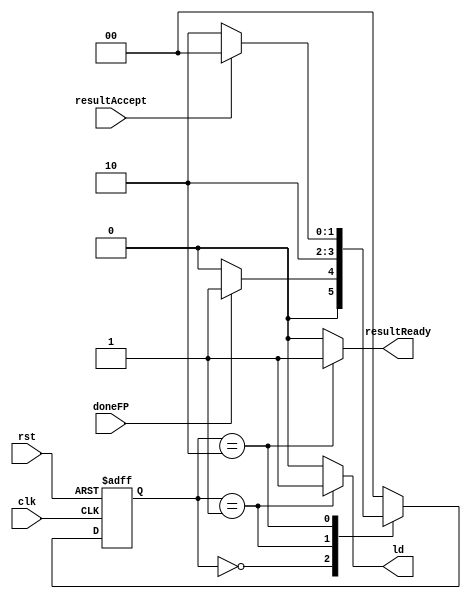
`timescale 1ns/1ns
module OUTwrapper_CONTROL(input clk,rst,resultAccept,doneFP,output resultReady,ld);
	reg resultReady_temp,ld_temp;
	reg[1:0]ns,ps;
	parameter[1:0] Idle=0,Load=1,Ready=2;
	always@(doneFP,ps,resultAccept)begin
		ns=Idle;
		{ld_temp,resultReady_temp}=2'b0;
		case(ps)
		Idle:ns=doneFP?Load:Idle;
		Load:begin ns=Ready; ld_temp=1'b1; end
		Ready:begin ns=resultAccept?Idle:Ready; resultReady_temp=1'b1;end
		endcase
	end
	always@(posedge clk,posedge rst) begin
		if(rst) ps<=Idle;
		else ps<=ns;
	end
	assign resultReady=resultReady_temp;
	assign ld=ld_temp;
endmodule